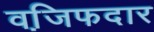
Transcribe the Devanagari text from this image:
वजि़फदार